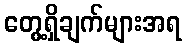
တွေ့ရှိချက်များအရ